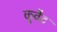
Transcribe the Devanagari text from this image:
कुवैट